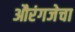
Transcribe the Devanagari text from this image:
औरंगजेचा